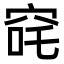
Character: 䆛